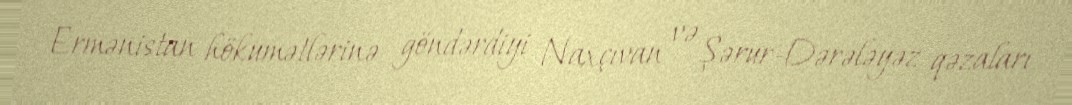
Ermənistan hökumətlərinə göndərdiyi Naxçıvan və Şərur-Dərələyəz qəzaları